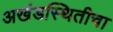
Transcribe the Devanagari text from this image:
अखंडस्थितीचा